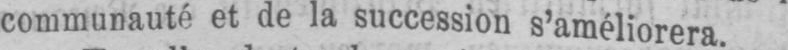
communauté et de la succession s’améliorera.